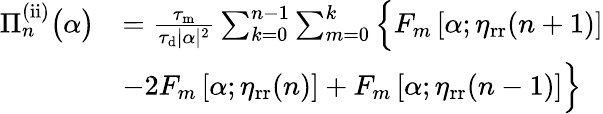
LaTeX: \begin{array}{rl}{\Pi_{n}^{\mathrm{(ii)}}\big(\alpha\big)}&{=\frac{\tau_{\mathrm{m}}}{\tau_{\mathrm{d}}|\alpha|^{2}}\sum_{k=0}^{n-1}\sum_{m=0}^{k}\Big\{ F_{m}\left[\alpha;\eta_{\mathrm{rr}}(n+1)\right]}\\ &{-2F_{m}\left[\alpha;\eta_{\mathrm{rr}}(n)\right]+F_{m}\left[\alpha;\eta_{\mathrm{rr}}(n-1)\right]\Big\} }\end{array}